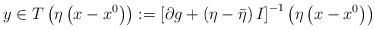
LaTeX: \begin{align*}y\in T\left( \eta \left( x-x^{0}\right) \right) :=\left[ \partial g+\left(\eta -\bar{\eta}\right) I\right] ^{-1}\left( \eta \left( x-x^{0}\right)\right) \end{align*}